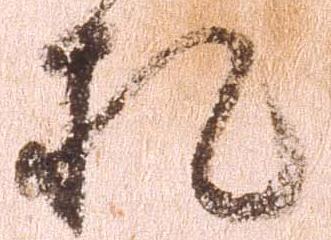
札